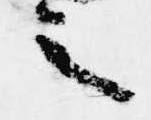
之